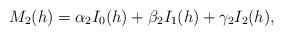
LaTeX: \begin{align*}M_2(h)=\alpha_2I_0(h)+\beta_2I_1(h)+\gamma_2I_2(h),\end{align*}